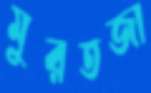
মুরতজা